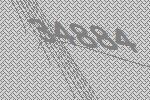
34884